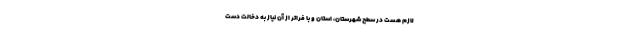
لازم هست در سطح شهرستان، استان و با فراتر از آن نیاز به دخالت دست